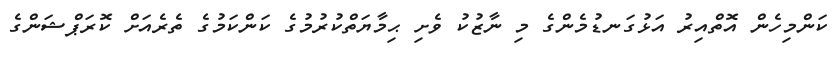
ކަންމިހެން އޮތްއިރު އަޅުގަނޑުމެންގެ މި ނާޒުކު ވެށި ޙިމާޔަތްކުރުމުގެ ކަންކަމުގެ ތެރެއަށް ކޮރަޕްޝަންގެ